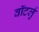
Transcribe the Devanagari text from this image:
वॉटर्लु